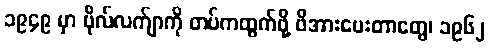
၁၉၄၉ မှာ ဗိုလ်လက်ျာကို တပ်ကထွက်ဖို့ ဖိအားပေးတာတွေ၊ ၁၉၆၂